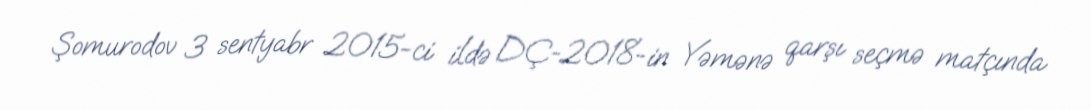
Şomurodov 3 sentyabr 2015-ci ildə DÇ-2018-in Yəmənə qarşı seçmə matçında